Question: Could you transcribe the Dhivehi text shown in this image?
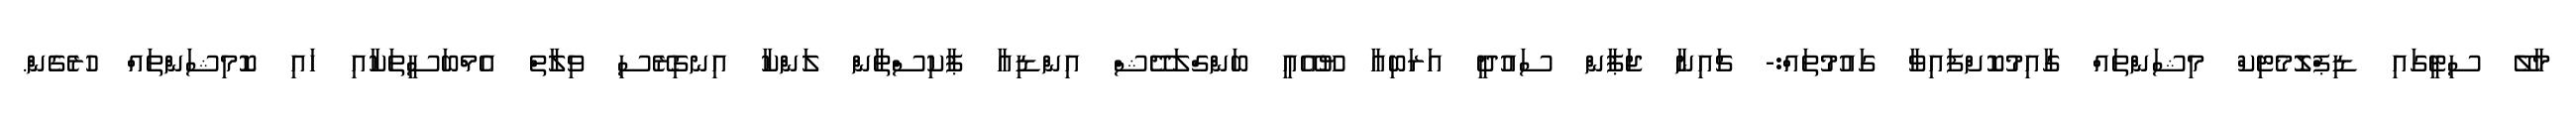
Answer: މާލޭ ސިޓީގައި ޑިޕްލޮމެޓިކް މިޝަންތައް ގާއިމުކޮށްފައިވާ ގައުމުތައް:- ޗައިނާ ޖަޕާން ސައުދީ އަރަބިއާ ޔޫއޭއީ ބަންގްލަދޭޝް އިންޑިއާ ޕާކިސްތާން ލަންކާ އިނގިރޭސި ވިލާތް އެމްބަސީތަކާއި ހައި ކޮމިޝަންތައް ހުރެގެން.